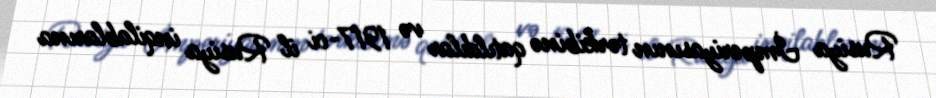
Rusiya İmperiyasının tərkibinə qatıldılar və 1917-ci il Rusiya inqilablarına